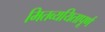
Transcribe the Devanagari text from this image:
मितव्ययितापूर्ण